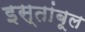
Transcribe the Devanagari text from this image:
इस्तांबूल